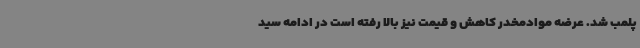
پلمب شد. عرضه موادمخدر کاهش و قیمت نیز بالا رفته است در ادامه سید